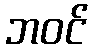
ဘဝင်